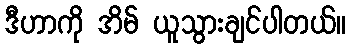
ဒီဟာကို အိမ် ယူသွားချင်ပါတယ်။